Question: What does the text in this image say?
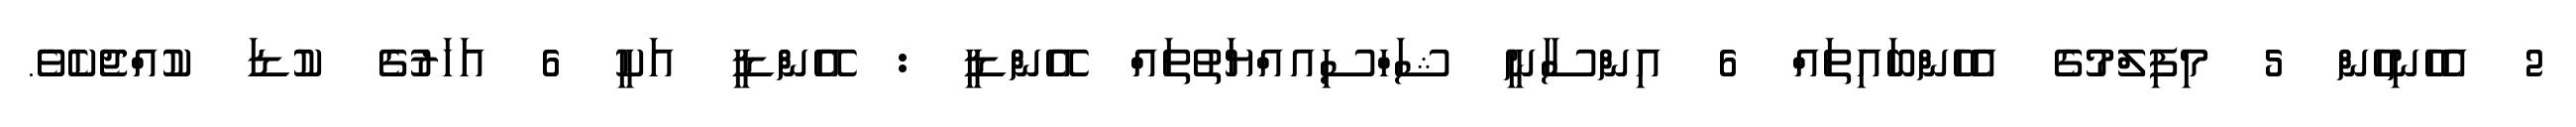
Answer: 2 އެހެނިހެން 5 މިފިލްމުގެ އެހެންބައިތައް 6 އިންސާނީ ޝަހްސިއއްޔަތުތައް އޭންޑީ : އޭންޑީ އަކީ 6 އަހަރުގެ ކުޑަ ކުއްޖެކެވެ.